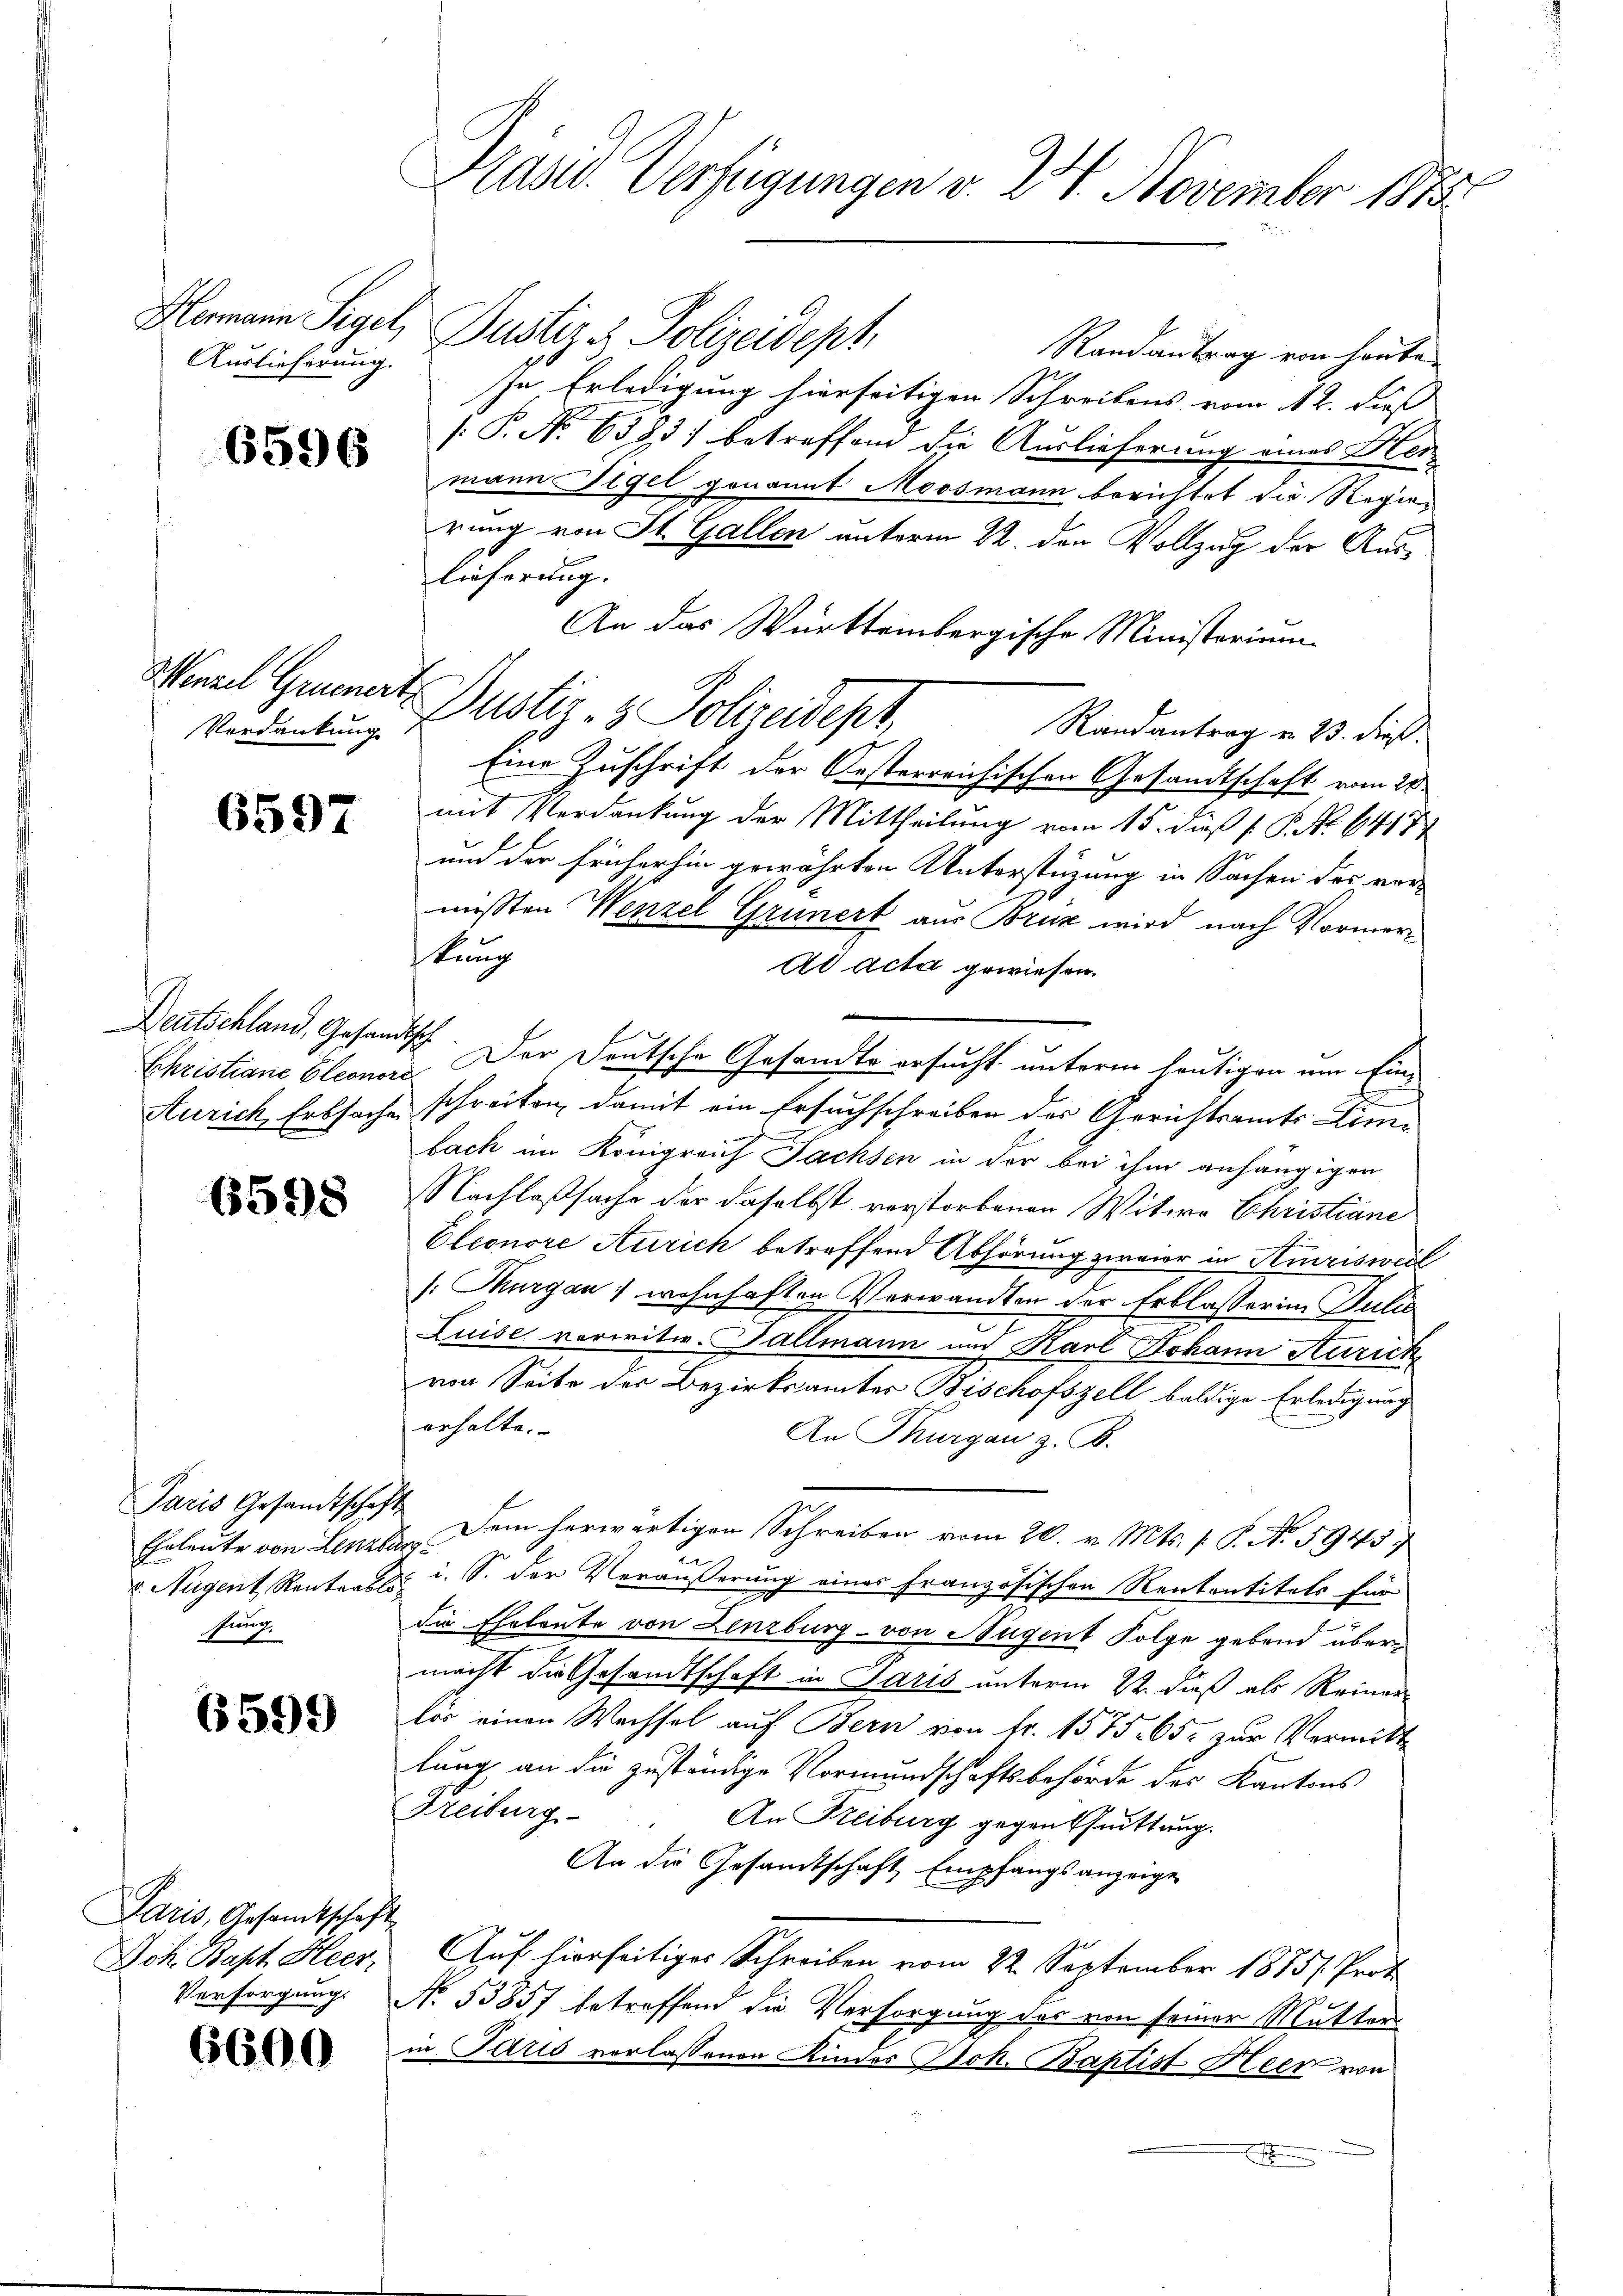
6596

Minzel Gruenert,

6597

Ehristiane Eleonore

6598

Paris Gesandtschaft
Eheleute von Lenzburg
v Nugent, Rentabl
fung.

6599

Paris, Gesamtschaft
Joh. Bapt. Heer,
Versorgung

6600

Präsid. Verfügungen v. 24. November 1873.

Alemann Sigel, Justiz & Polizeidept,
Randantrag von heute
Auslieferung Ihn Erledigung hierseitigen Schreibens vom 12. dieß
[: P. No 6383) betreffend die Auslieferung eines Hermann Sigel genannt Moosmann berichtet die Regierung von St. Gallen unterm 22. den Vollzug der Auslieferung.
An das Württembergische Ministerium
Randantrag v. 23. dieß.
Eine Zuschrift der Oesterreichischen Gesandtschaft vom 20.
mit Verdankung der Mittheilung vom 15. daß P. P. No. 6417
und der früherhin gewährten Unterstüzung in Sachen des vor-
missten Wenzel Grunert aus Bruk wird nach Vormerstung
Ad Acta gewiesen.
Deutschland, Gesandtsch. Der Deutsche Gesandte ersucht unterm heutigen um Ein¬
Aurich, Erbsache schreiben, damit ein Ersuchschreiben der Gerichtsamts Limbach im Königreich Fachsen in der bei ihm anhängigen
NNachlaßsache der daselbst verstorbenen Witwe Christiane
Eleonore Aurich betreffend Abhörung zweier in Amrisweil
[:Thurgau, wohnhaften Verwandten der Erblasser in Juli
Luise vorwitw. Fallmann und Karl Johann Aurich
von Seite der Bezirksamtes Bischofszell baldige Erledigung
erhalte.
An Thurgau z. B.
Dem herwärtigen Schreiben vom 20. v. Mts. /: P. No 5943
2
. i. S. der Veräußerung eines Französischen Rententitels für
die Eheleute von Lenzburg - von Augent Folge gebend übermacht die Gesandtschaft in Paris unterm 22. dieß als Reiner
lös einen Wechsel auf Bern von fr. 1575. 65. zur Vermittlung an die zuständige Vormundschaftsbehörde des Kantons
Freiburg
An Freiburg gegenthuittung.
An die Gesandtschaft Empfangsanzeige
Auf hierseitiger Schreiben vom 22. September 1885/. Prot
No. 53857 betreffend die Versorgung des von seiner Mutter
in Paris vorlassenen Kindes Joh. Baptist Heer von
s

Verdankung. Pustiz- & Polizeidest,